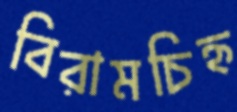
বিরামচিহ্ন